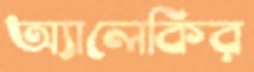
অ্যালেকির